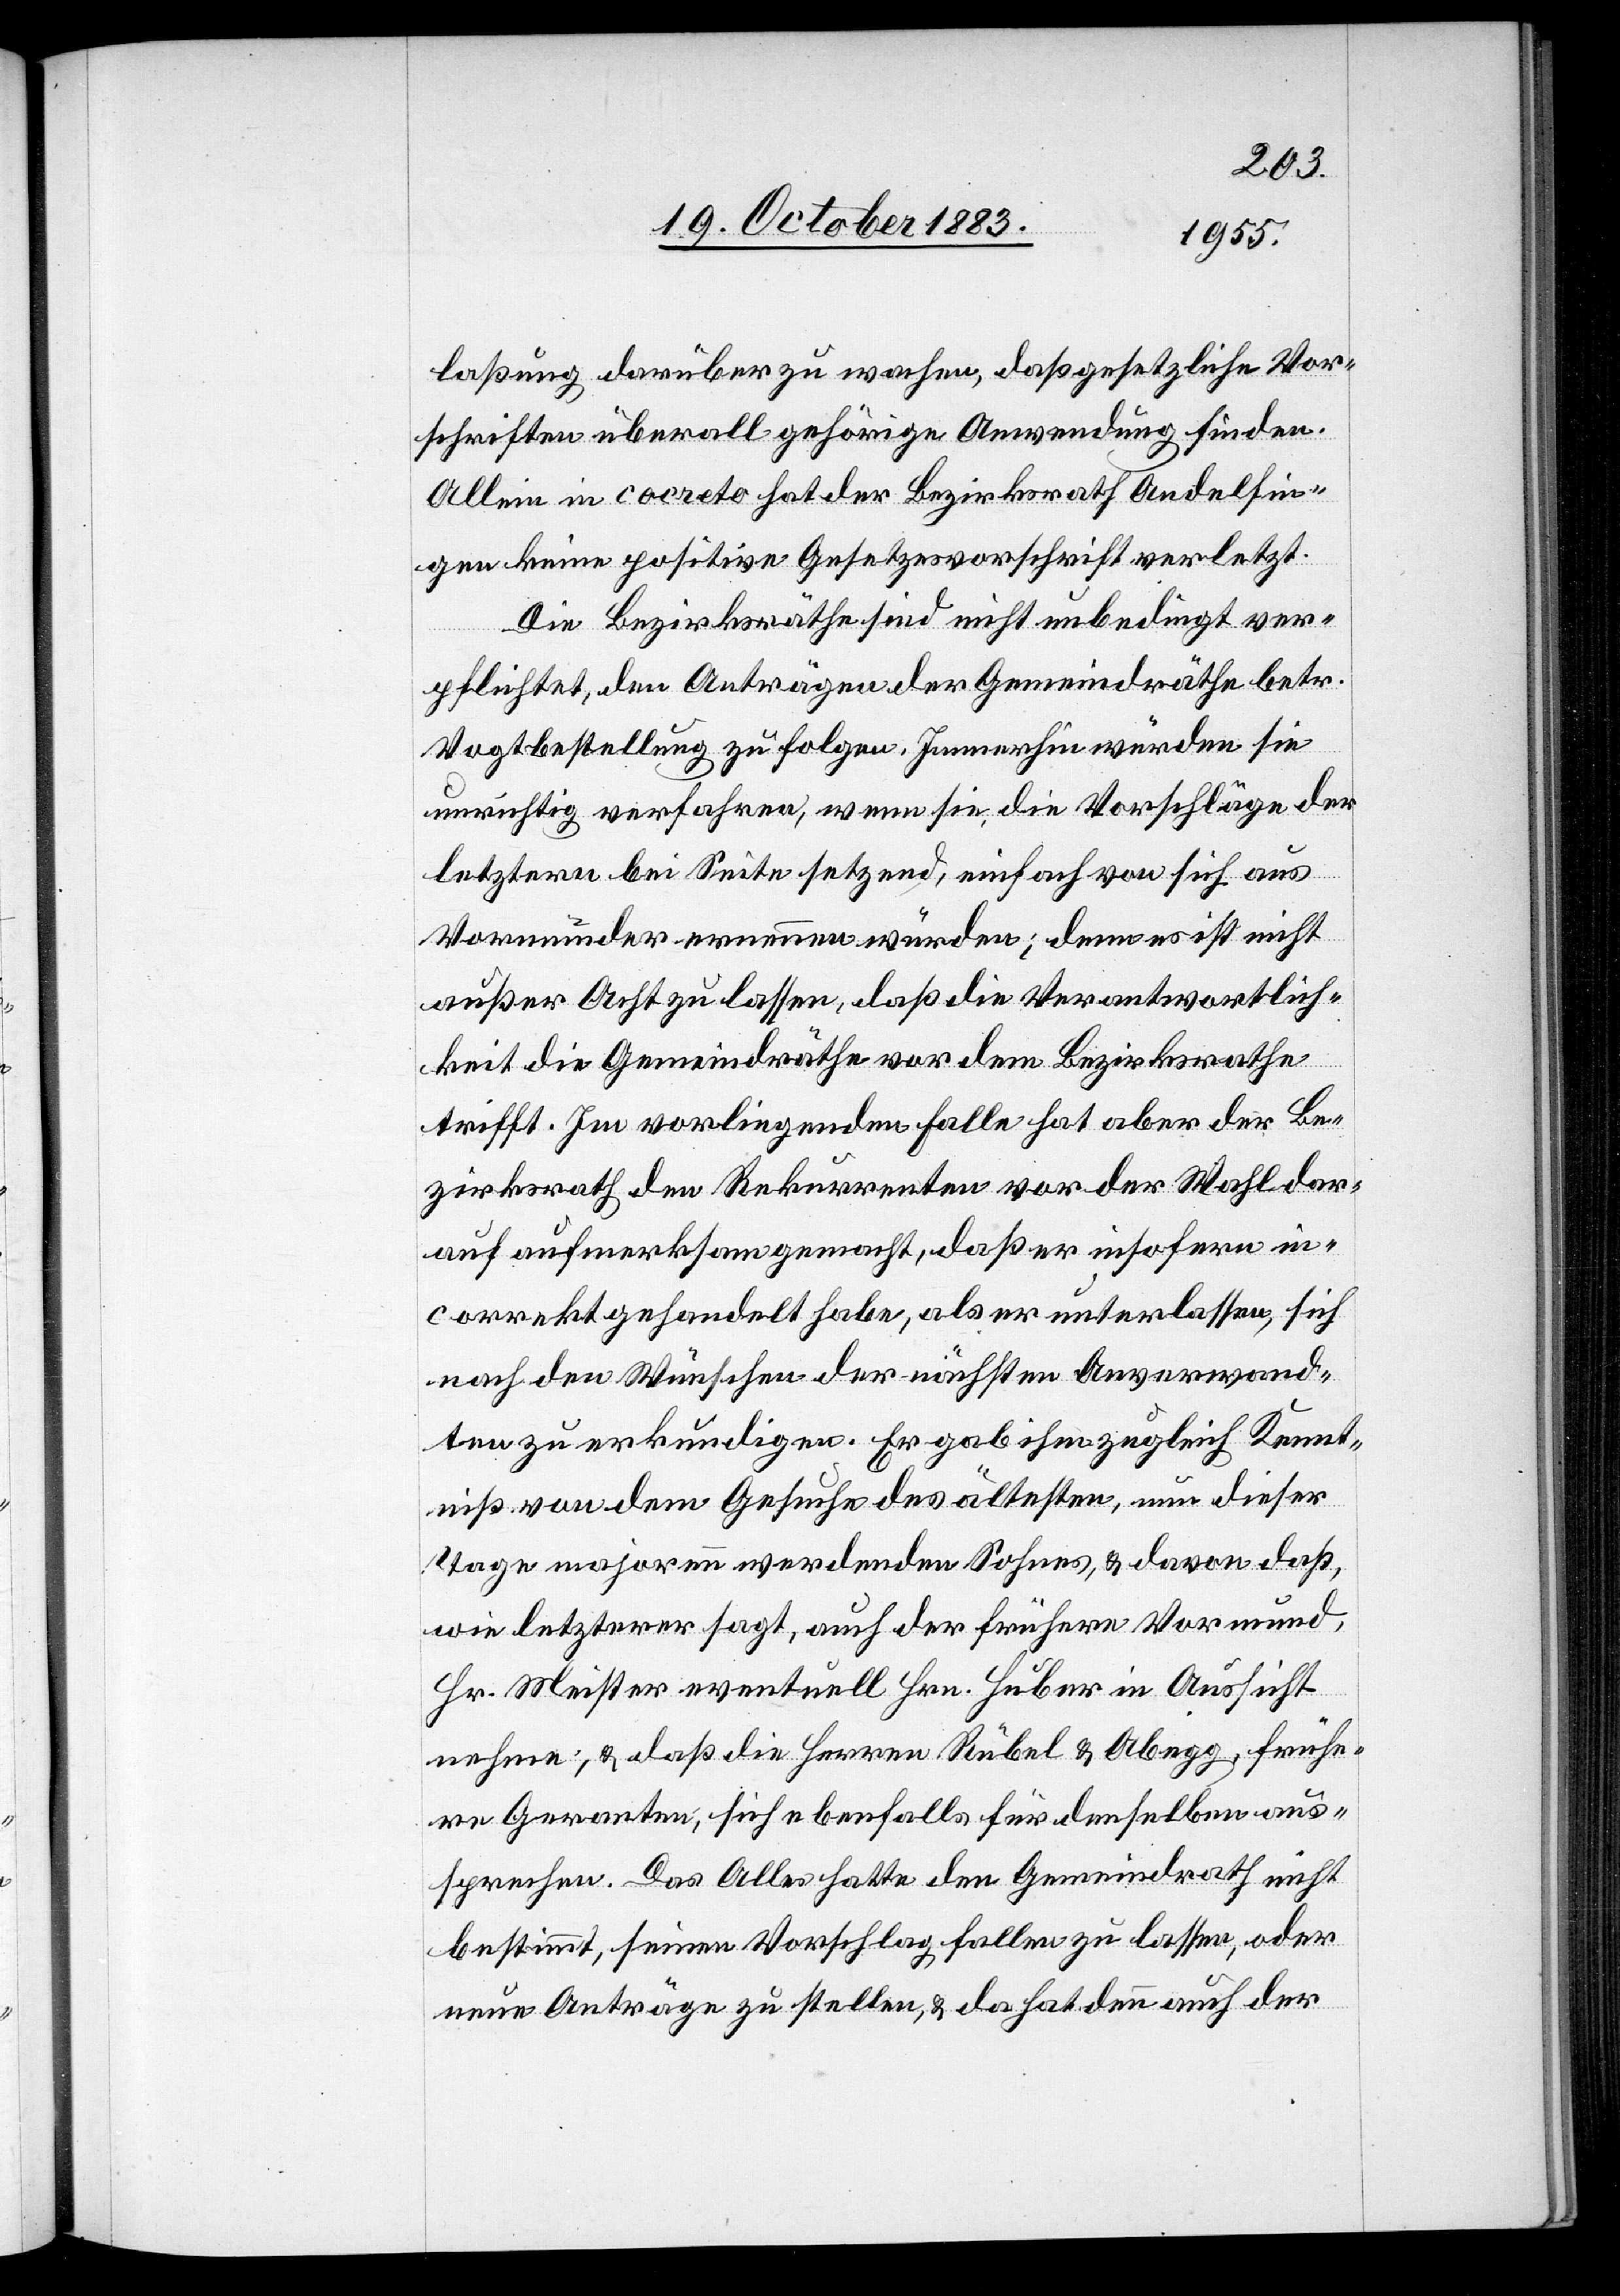
laßung darüber zu wachen, daß gesetzliche Vor¬
schriften überall gehörige Anwendung finden.
Allein in cocreto [sic!] hat der Bezirksrath Andelfin¬
gen keine positive Gesetzesvorschrift verletzt.
Die Bezirksräthe sind nicht unbedingt ver¬
pflichtet, den Anträgen der Gemeindräthe betr.
Vogtbestellung zu folgen. Immerhin würden sie
unrichtig verfahren, wenn sie die Vorschläge der
letztern bei Seite setzend, einfach von sich aus
Vormünder ernennen würden; denn es ist nicht
außer Acht zu lassen, daß die Verantwortlich¬
keit die Gemeindräthe vor dem Bezirksrathe
trifft. Im vorliegenden Falle hat aber der Be¬
zirksrath den Rekurrenten vor der Wahl dar¬
auf aufmerksam gemacht, daß er insofern in¬
correkt gehandelt habe, als er unterlassen, sich
nach den Wünschen der nächsten Anverwand¬
ten zu erkundigen. Er gab ihm zugleich Kennt¬
niß von dem Gesuche des ältesten, um dieser
Tage majorenn werdenden Sohnes, & davon daß,
wie letzterer sagt, auch der frühere Vormund,
Hr. Meister eventuell Hrn. Huber in Aussicht
nehme, & daß die Herren Rübel & Abegg, frühe¬
re Geranten, sich ebenfalls für denselben aus¬
sprechen. Das Alles hatte den Gemeindrath nicht
bestimmt, seinen Vorschlag fallen zu lassen, oder
neue Anträge zu stellen, & da hat denn auch der